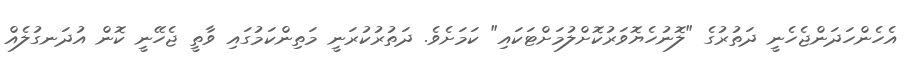
އެހެންހަދަންޖެހެނީ ދަތުރުގެ "ލޮނުހެޔޮވަރުކޮށްލުމަށްޓަކައި" ކަމަށެވެ. ދަތުރުކުރަނީ މަތިންކަމުގައި ވާތީ ޖެހޭނީ ކޮން އުދަނގުލެއް